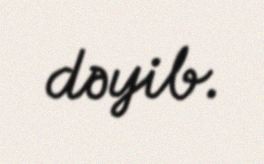
dəyib.